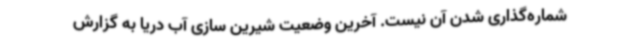
شماره‌گذاری شدن آن نیست. آخرین وضعیت شیرین سازی آب دریا به گزارش